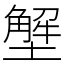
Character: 㙰